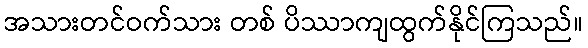
အသားတင်ဝက်သား တစ် ပိဿာကျထွက်နိုင်ကြသည်။